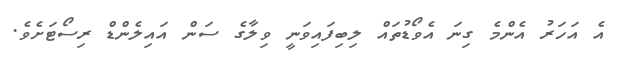
އެ އަހަރު އެންމެ ގިނަ އެވޯޑުތައް ލިބިފައިވަނީ ވިލާގެ ސަން އައިލެންޑް ރިސޯޓަށެވެ.